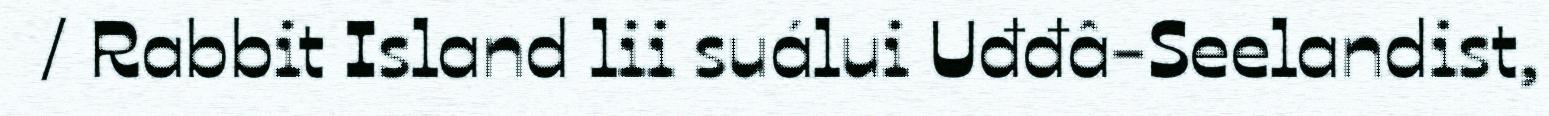
/ Rabbit Island lii suálui Uđđâ-Seelandist,